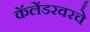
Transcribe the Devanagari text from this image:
कॅलेंडरवरचे